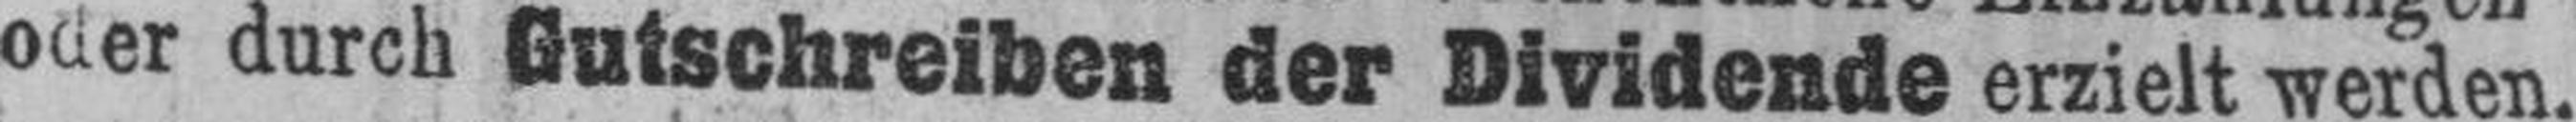
oder durch Gutschreiben der Dividende erzielt werden.